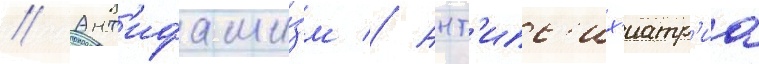
// Ант'ифаши́зм // Ант'ипс'их'иатр'иа